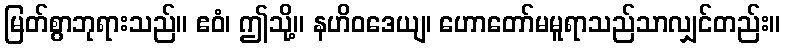
မြတ်စွာဘုရားသည်။ ဧဝံ၊ ဤသို့။ နဟိဝဒေယျ၊ ဟောတော်မမူရာသည်သာလျှင်တည်း။